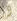
و